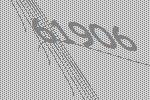
61906